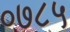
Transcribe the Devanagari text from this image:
०७८५